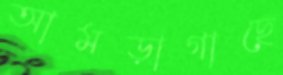
আমড়াগাছে